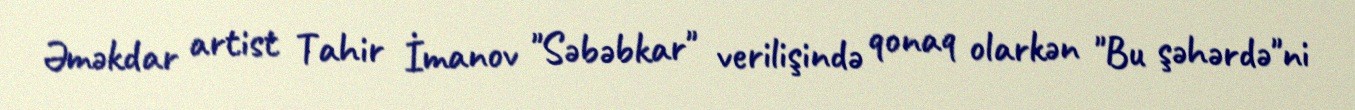
Əməkdar artist Tahir İmanov "Səbəbkar" verilişində qonaq olarkən "Bu şəhərdə"ni